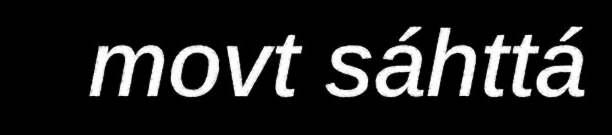
movt sáhttá